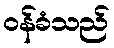
ဝန်ခံသည်